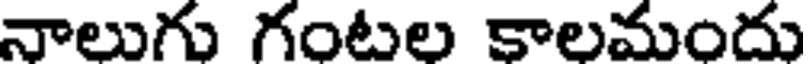
నాలుగు గంటల కాలమందు